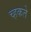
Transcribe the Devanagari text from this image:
च्हकते